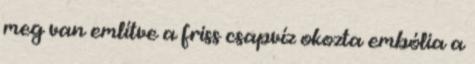
meg van említve a friss csapvíz okozta embólia a